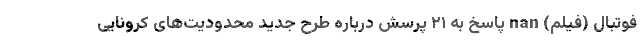
فوتبال (فیلم) nan پاسخ به ۲۱ پرسش درباره طرح جدید محدودیت‌های کرونایی